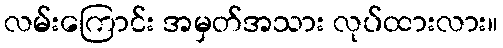
လမ်းကြောင်း အမှတ်အသား လုပ်ထားလား။